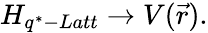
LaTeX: H_{q^{\ast}-Latt}\rightarrow V(\vec{r}).